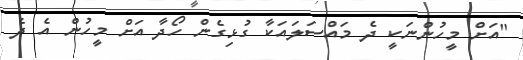
"އަށް މީހުންނަކީ ދެ މައްސަލައަކާ ގުޅިގެން ހޯދާ އަށް މީހުން އެ ދެ